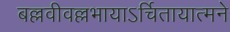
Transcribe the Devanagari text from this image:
बल्लवीवल्लभायाऽर्चितायात्मने